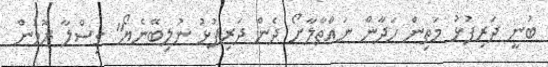
ބުނީ ދަރިފުޅު މަތިން ހަދާން ނައްތާލާށޯ ދެން ދަރިފުޅު ނުލިބޭނެޔޯ" ގިސްލާ ރޮމުން